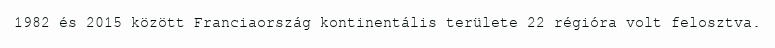
1982 és 2015 között Franciaország kontinentális területe 22 régióra volt felosztva.